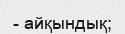
- айқындық;